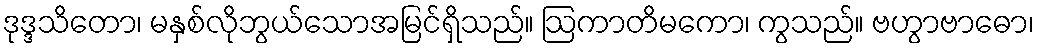
ဒုဒ္ဒသိတော၊ မနှစ်လိုဘွယ်သောအမြင်ရှိသည်။ ဩကာတိမကော၊ ကွသည်။ ဗဟွာဗာဓော၊